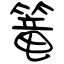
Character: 篭